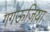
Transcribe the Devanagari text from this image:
गगऊज़िया